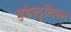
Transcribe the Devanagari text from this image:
एडेन्टुलिज्म